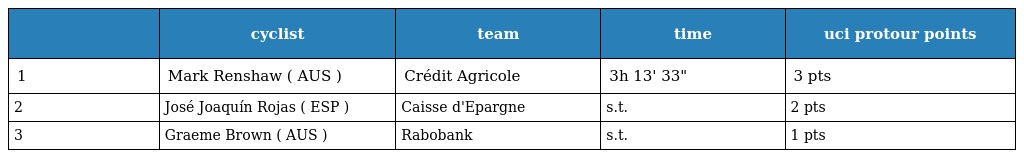
|  | cyclist | team | time | uci protour points |
 | --- | --- | --- | --- | --- |
 | 1 | Mark Renshaw ( AUS ) | Crédit Agricole | 3h 13' 33" | 3 pts |
 | 2 | José Joaquín Rojas ( ESP ) | Caisse d'Epargne | s.t. | 2 pts |
 | 3 | Graeme Brown ( AUS ) | Rabobank | s.t. | 1 pts |